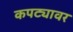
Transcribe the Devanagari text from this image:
कपट्यावर